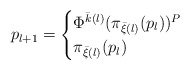
\begin{align*}p_{l+1} = \begin{cases}\Phi^{\bar k(l)}(\pi_{\bar \xi (l)}(p_l))^P &\\\pi_{\bar \xi (l)}(p_l) &\end{cases}\end{align*}